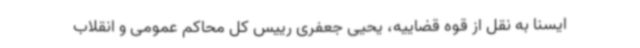
ایسنا به نقل از قوه قضاییه، یحیی جعفری رییس کل محاکم عمومی و انقلاب